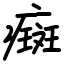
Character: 癍